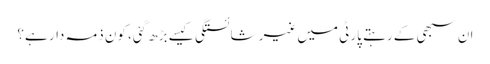
ان سبھی کے رہتے پارٹی میں غیر شائستگی کیسے بڑھ گئی، کون ذمہ دار ہے؟